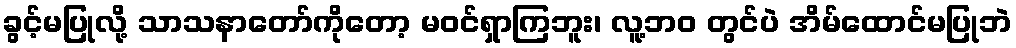
ခွင့်မပြုလို့ သာသနာတော်ကိုတော့ မဝင်ရှာကြဘူး၊ လူ့ဘဝ တွင်ပဲ အိမ်ထောင်မပြုဘဲ